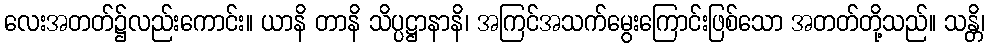
လေးအတတ်၌လည်းကောင်း။ ယာနိ တာနိ သိပ္ပဋ္ဌာနာနိ၊ အကြင်အသက်မွေးကြောင်းဖြစ်သော အတတ်တို့သည်။ သန္တိ၊